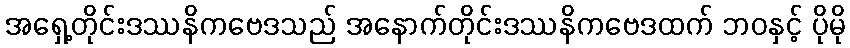
အရှေ့တိုင်းဒဿနိကဗေဒသည် အနောက်တိုင်းဒဿနိကဗေဒထက် ဘဝနှင့် ပိုမို